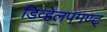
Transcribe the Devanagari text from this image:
डिव्हेलपमण्ट्